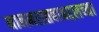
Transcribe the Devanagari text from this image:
मानमरातबाबद्दलच्या